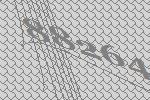
88264